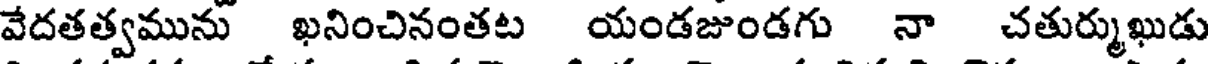
వేదతత్వమును ఖనించినంతట యండజుండగు నా చతుర్ముఖుడు